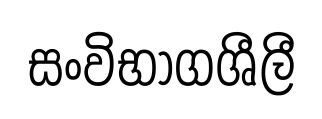
සංවිභාගශීලී